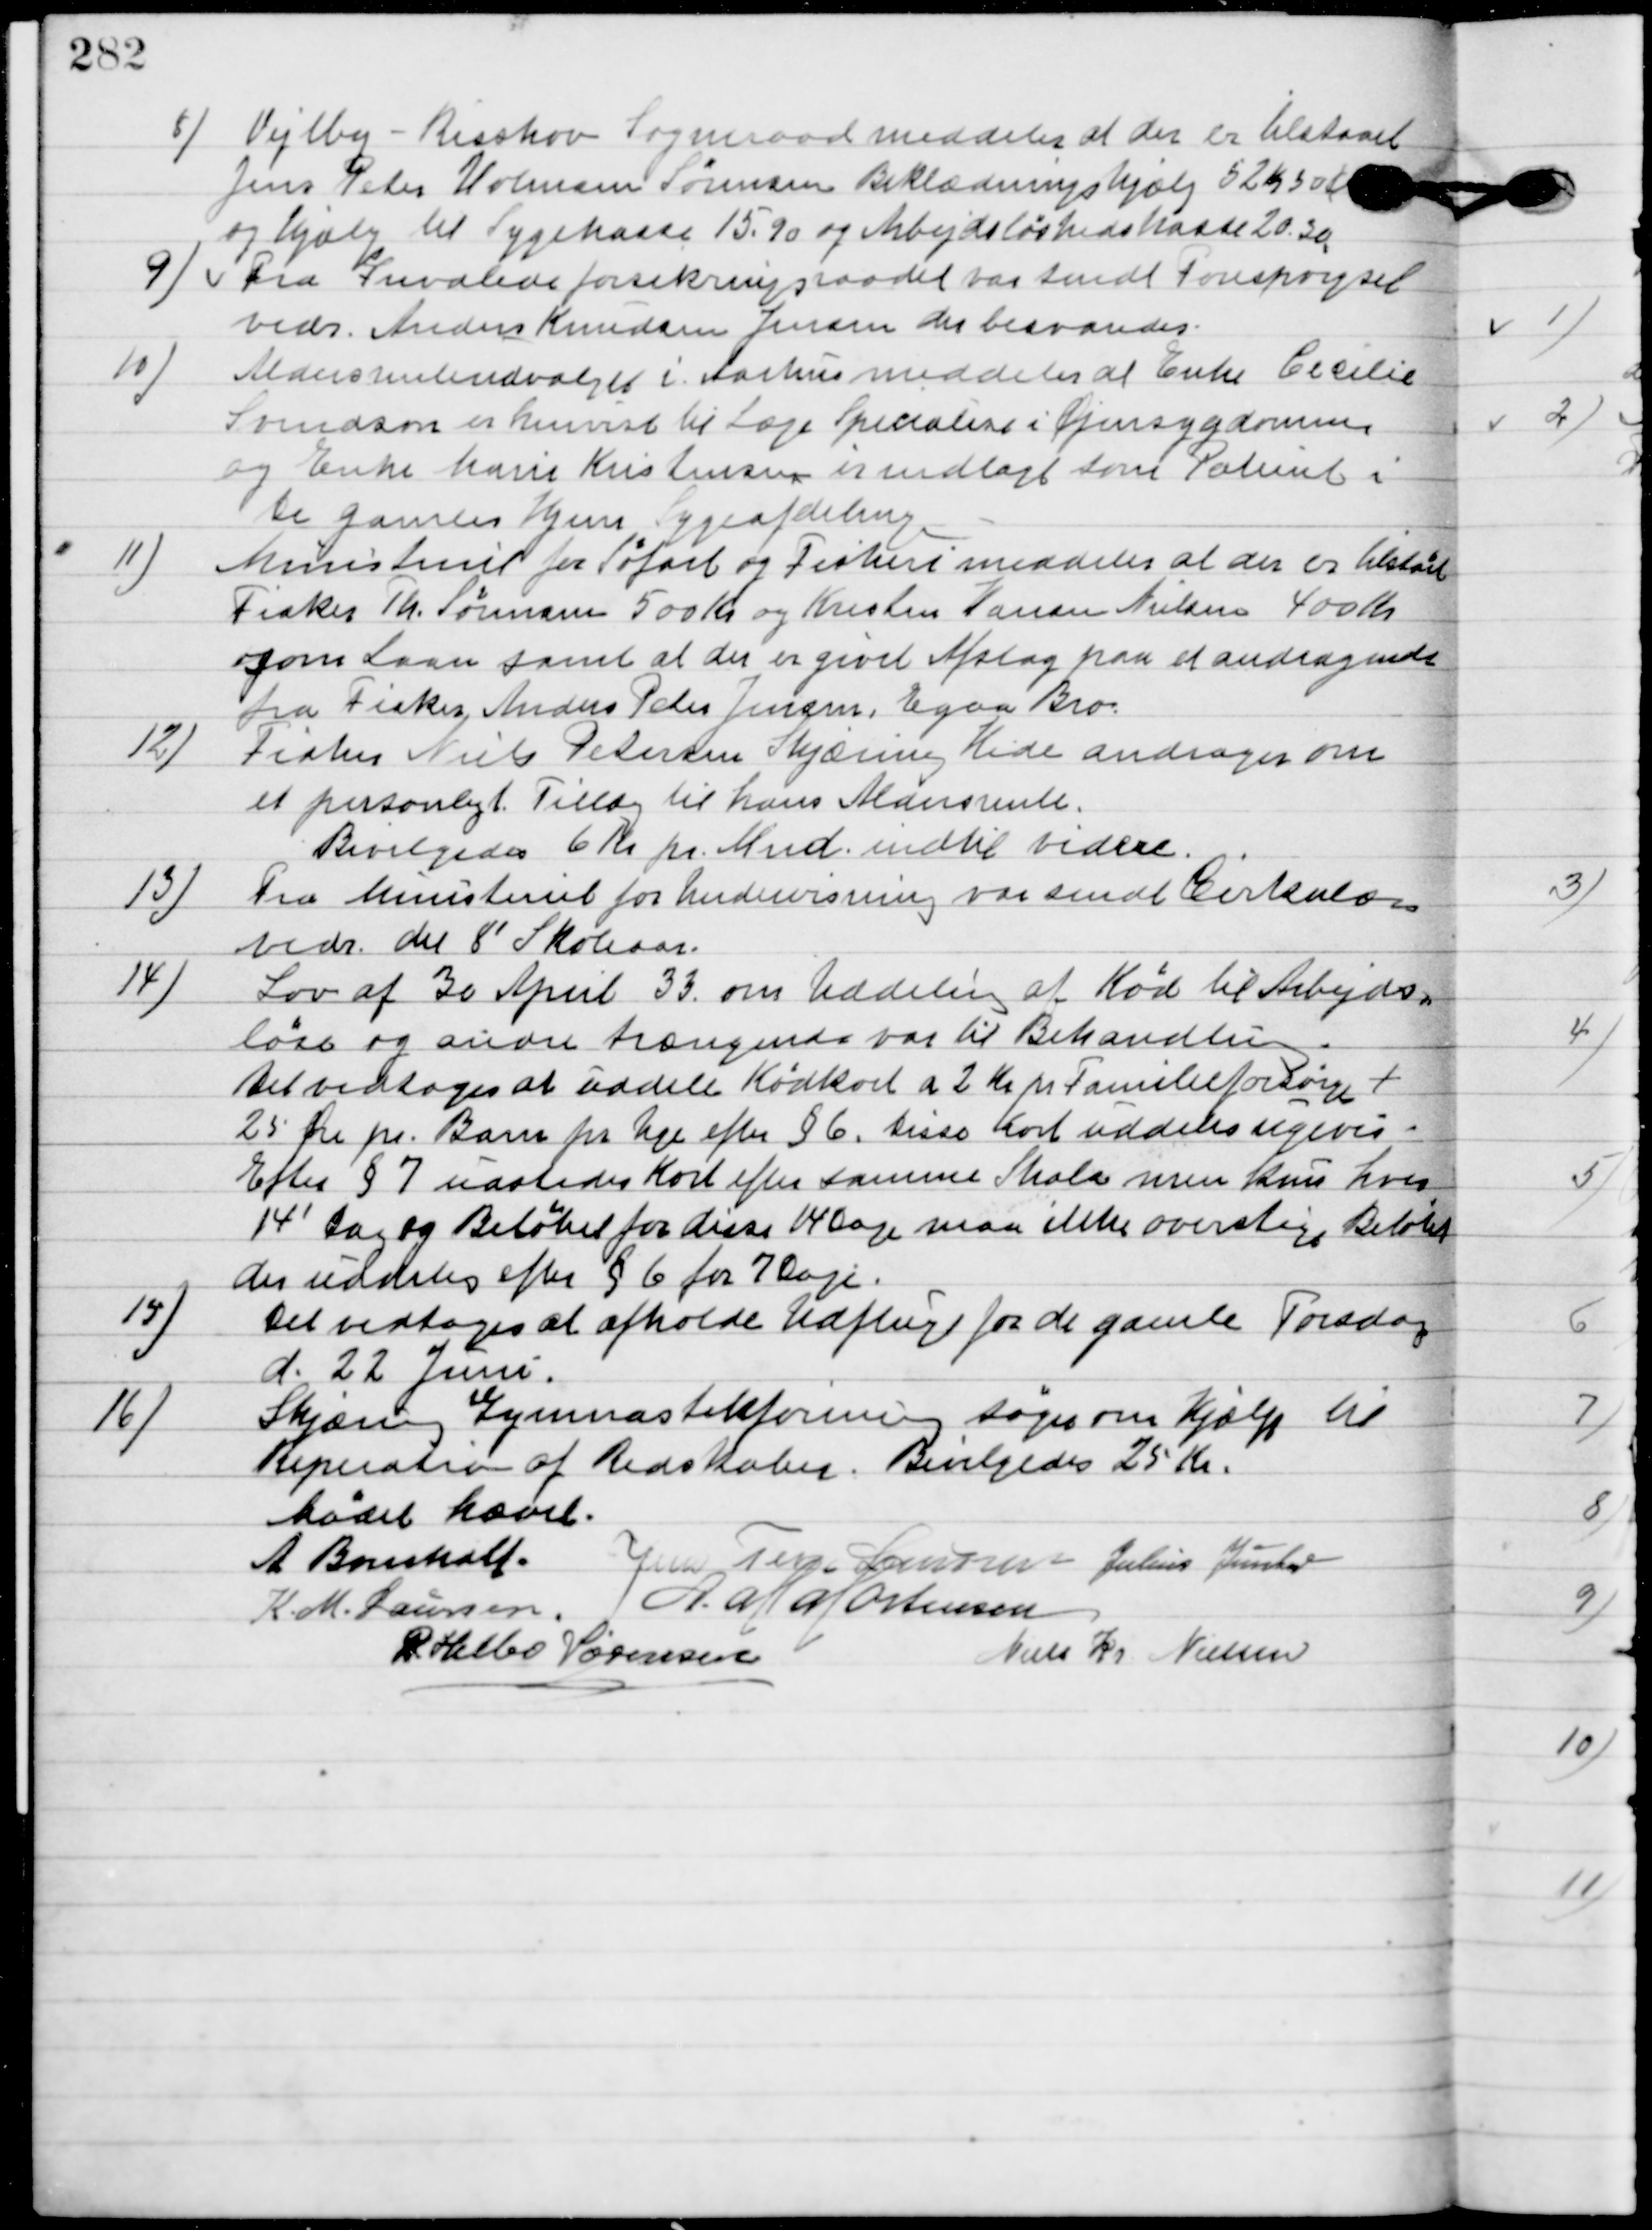
Transskription:
8

Vejlby-Risskov Sogneraad meddeler at der er tilstaaet
Jens Peter Holmann Sørensen Beklædningshjælp 52 Kr. 30 Øre
og hjælpen til Sygekasse 15,90 og Arbejdsløshedskasse 20,30.

9

Fra Invalideforsikringsraadet var sendt Forespørgsel
vedr. Anders Knudsen Jensen der besvaredes.

10

Aldersrente udvalget i Aarhus meddeler at Enke Cecilie
Svendsen er henvist til læge Specialer i Øjensygdommen
og Enke Marie Kristensen er indlagt som Patient i
de gamles Hjem Sygeafdeling.

11

Ministeriet for Søfart og Fiskeri meddeler at der er tilstaaet
Fisker Th. Sørensen 500 Kr. og Kristen Hansen Nielsen 400 Kr.
som laan samt at der er givet Afslag paa et andragende
fra Fisker Anders Peter Jensen, Egaa Bro.

12

Fisker Niels Petersen Skjæring Hede andrager om
et personligt Tillæg til hans Aldersrente.
Bevilgedes 6 Kr. pr. Mnd. Indtil videre.

13

Fra Ministeriet for Undervisning var sendt Cirkulære
vedr. det 8´ Skoleaar.

14

Lov af 30 April om Uddeling af Kød til Arbejds-
løse og andre trængende var til Behandling.
Det vedtoges at uddele Kødkort a 2 Kr. pr. Familieforsørger +
25 Øre pr. Barn pr. Uge efter § 6. Disse kort uddeles ugevis.
Efter § 7 uddeler Kort efter samme Skala men kun hver
14´ dag og Beløbet for disse 14 dage man ikke overstiger Beløbet
der uddeles efter § 6 for 7 Dage.

15

Det vedtoges at afholde Udflugt for de gamle torsdag
d. 22 Juni.

16

Skjæring Gymnastikforening søge om Hjælp til
Reparation af redskaber.
Bevilgedes 25 Kr.

Mødet hævet

A. Bomholt
Jens Terp Jensen
Julius Junker
K. M. Laursen
A. M. Mortensen
R. Helbo Sørensen
Niels Chr. Nielsen